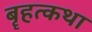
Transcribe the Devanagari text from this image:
बॄहत्कथा